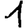
Digit: 1